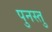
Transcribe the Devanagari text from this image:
पुनस्तु